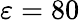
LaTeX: \varepsilon=80